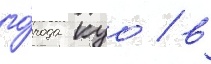
го́рода куо / в